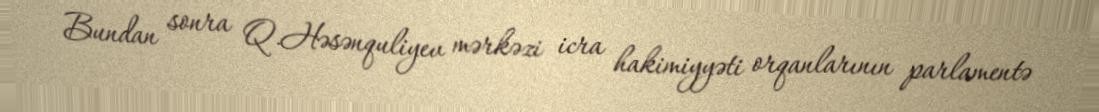
Bundan sonra Q.Həsənquliyev mərkəzi icra hakimiyyəti orqanlarının parlamentə